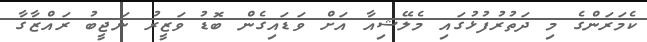
ކެމަރަންގެ މި ދަތުރުފުޅުގައި މެލޭޝިއާ އަށް ވަޑައިގެން ބޮޑު ވަޒީރު ނަޖީބު ރައްޒާގާ